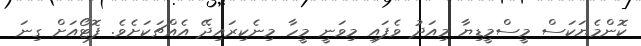
ކޮންމެޔަކަސް މީސްމީޑިޔާ މިއަދު ވެފައި މިވަނީ މީހާ މިނެކިރައިދޭ އެއްޗަކަށެވެ. ފޮޓޯއަށް ގިނަ